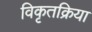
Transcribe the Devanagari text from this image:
विकृतक्रिया